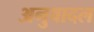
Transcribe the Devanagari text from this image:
अनुवादल